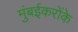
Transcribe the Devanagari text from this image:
मुंबईकरोंके